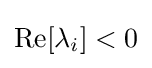
\operatorname {Re} [\lambda _{i}]<0